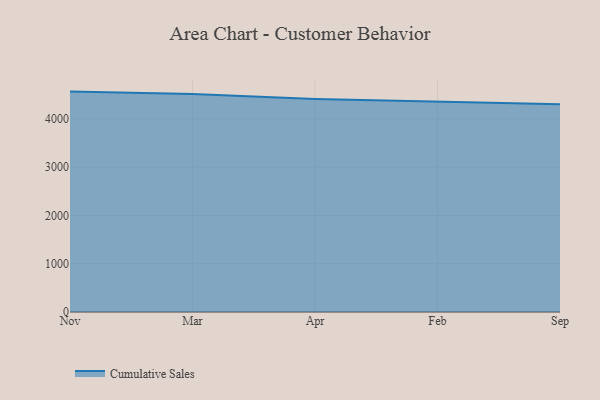
{"axis": {"x": "Month", "y": "Budget (USD K)"}, "legend": ["Cumulative Sales"], "data": [{"x": "Nov", "y": 4565.5, "type": "Cumulative Sales"}, {"x": "Mar", "y": 4516.9, "type": "Cumulative Sales"}, {"x": "Apr", "y": 4413.1, "type": "Cumulative Sales"}, {"x": "Feb", "y": 4363.5, "type": "Cumulative Sales"}, {"x": "Sep", "y": 4301.1, "type": "Cumulative Sales"}]}